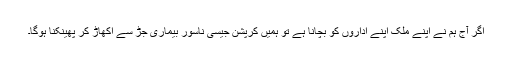
اگر آج ہم نے اپنے ملک اپنے اداروں کو بچانا ہے تو ہمیں کرپشن جیسی ناسور بیماری جڑ سے اکھاڑ کر پھینکنا ہوگا۔